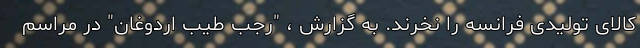
کالای تولیدی فرانسه را نخرند. به گزارش ، "رجب طیب اردوغان" در مراسم